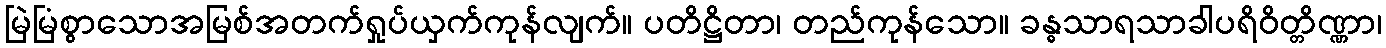
မြဲမြံစွာသောအမြစ်အတက်ရှုပ်ယှက်ကုန်လျက်။ ပတိဋ္ဌိတာ၊ တည်ကုန်သော။ ခန္ဓသာရသာခါပရိဝိတ္တိဏ္ဏာ၊